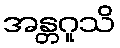
အန္တဂူသိ